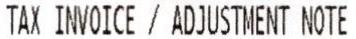
TAX INVOICE / ADJUSTMENT NOTE